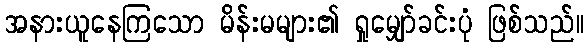
အနားယူနေကြသော မိန်းမများ၏ ရှုမျှော်ခင်းပုံ ဖြစ်သည်။